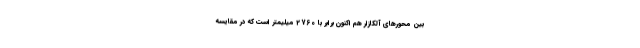
بین محورهای آلکازار هم اکنون برابر با 2760 میلیمتر است که در مقایسه